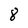
Character: 8